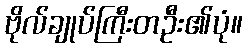
ဗိုလ်ချုပ်ကြီးတဦး၏ပုံ။